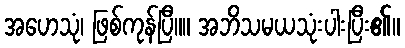
အဟေသုံ၊ ဖြစ်ကုန်ပြီ။။ အဘိသမယသုံးပါးပြီး၏။